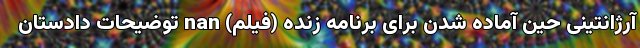
آرژانتینی حین آماده شدن برای برنامه زنده (فیلم) nan توضیحات دادستان